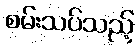
စမ်းသပ်သည့်